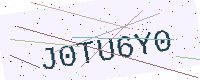
Text: J0TU6Y0